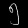
Digit: ၅